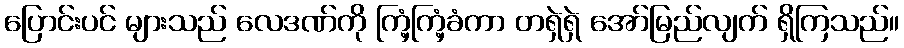
ပြောင်းပင် များသည် လေဒဏ်ကို ကြံ့ကြံ့ခံကာ တရှဲရှဲ အော်မြည်လျက် ရှိကြသည်။